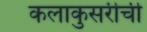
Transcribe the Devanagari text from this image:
कलाकुसरीची